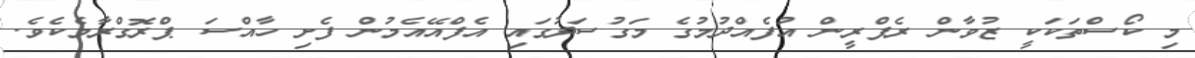
މި ކޯސްތަކަކީ ޒުވާން ރެފްރީން އުފެއްދުމުގެ މަގުސަދުގައި އެފްއޭއެމުން ފެށި ހާއްސަ ޕްރޮގްރާމެކެވެ.